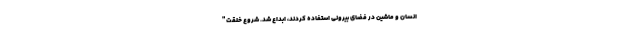
انسان و ماشین در فضای بیرونی استفاده کردند، ابداع شد. شروع خلقت "